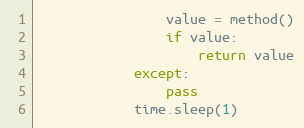
Language: Python
                value = method()
                if value:
                    return value
            except:
                pass
            time.sleep(1)